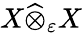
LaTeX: X{\widehat{\otimes}}_{\varepsilon}X